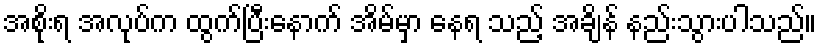
အစိုးရ အလုပ်က ထွက်ပြီးနောက် အိမ်မှာ နေရ သည့် အချိန် နည်းသွားပါသည်။